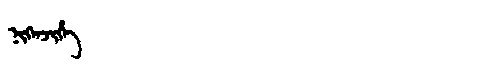
Manchu: ᠨᡳᡴᡝᠨᠵᡳᡥᡝ
Romanization: NIKENJIHE